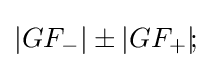
|GF_{-}|\pm |GF_{+}|\!;